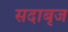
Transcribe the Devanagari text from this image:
सदाबृज